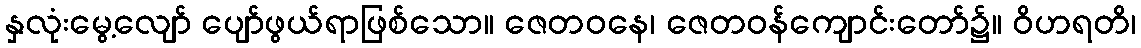
နှလုံးမွေ့လျော် ပျော်ဖွယ်ရာဖြစ်သော။ ဇေတဝနေ၊ ဇေတဝန်ကျောင်းတော်၌။ ဝိဟရတိ၊